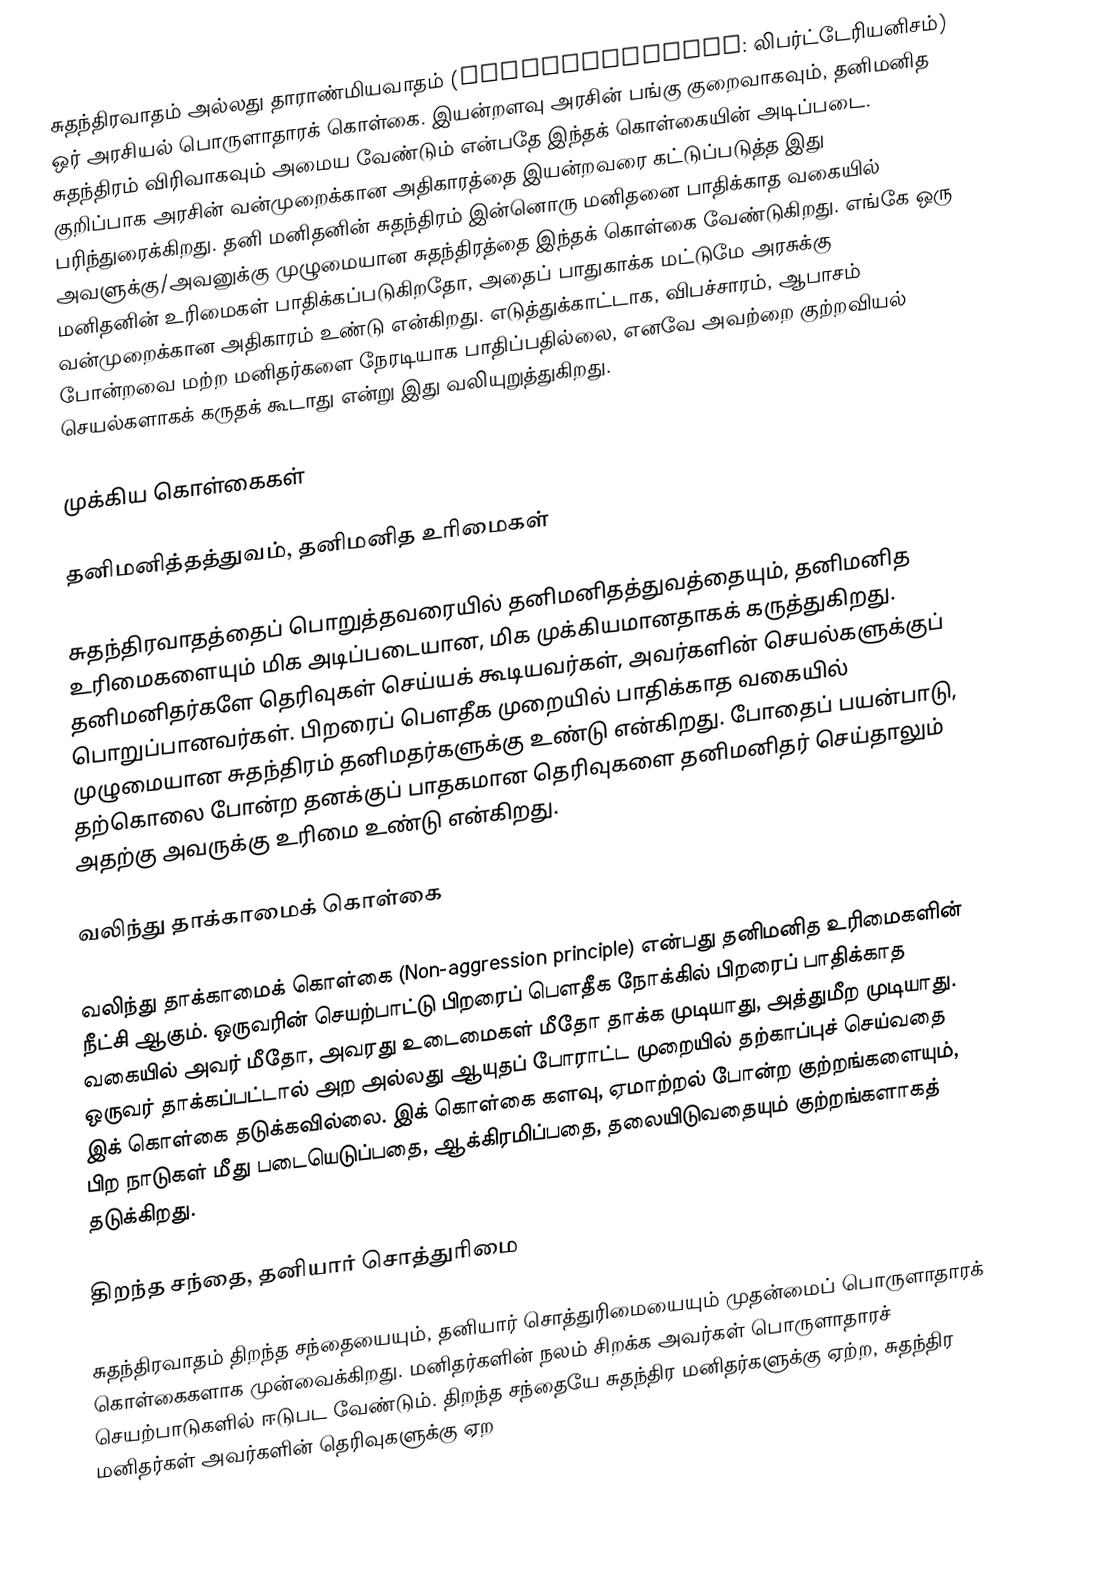
சுதந்திரவாதம் அல்லது தாராண்மியவாதம் (libertarianism: லிபர்ட்டேரியனிசம்) ஒர் அரசியல் பொருளாதாரக் கொள்கை. இயன்றளவு அரசின் பங்கு குறைவாகவும், தனிமனித சுதந்திரம் விரிவாகவும் அமைய வேண்டும் என்பதே இந்தக் கொள்கையின் அடிப்படை. குறிப்பாக அரசின் வன்முறைக்கான அதிகாரத்தை இயன்றவரை கட்டுப்படுத்த இது பரிந்துரைக்கிறது. தனி மனிதனின் சுதந்திரம் இன்னொரு மனிதனை பாதிக்காத வகையில் அவளுக்கு/அவனுக்கு முழுமையான சுதந்திரத்தை இந்தக் கொள்கை வேண்டுகிறது. எங்கே ஒரு மனிதனின் உரிமைகள் பாதிக்கப்படுகிறதோ, அதைப் பாதுகாக்க மட்டுமே அரசுக்கு வன்முறைக்கான அதிகாரம் உண்டு என்கிறது. எடுத்துக்காட்டாக, விபச்சாரம், ஆபாசம் போன்றவை மற்ற மனிதர்களை நேரடியாக பாதிப்பதில்லை, எனவே அவற்றை குற்றவியல் செயல்களாகக் கருதக் கூடாது என்று இது வலியுறுத்துகிறது.

முக்கிய கொள்கைகள்

தனிமனித்தத்துவம், தனிமனித உரிமைகள்

சுதந்திரவாதத்தைப் பொறுத்தவரையில் தனிமனிதத்துவத்தையும், தனிமனித உரிமைகளையும் மிக அடிப்படையான, மிக முக்கியமானதாகக் கருத்துகிறது.  தனிமனிதர்களே தெரிவுகள் செய்யக் கூடியவர்கள், அவர்களின் செயல்களுக்குப் பொறுப்பானவர்கள்.  பிறரைப் பெளதீக முறையில் பாதிக்காத வகையில் முழுமையான சுதந்திரம் தனிமதர்களுக்கு உண்டு என்கிறது.  போதைப் பயன்பாடு, தற்கொலை போன்ற தனக்குப் பாதகமான தெரிவுகளை தனிமனிதர் செய்தாலும் அதற்கு அவருக்கு உரிமை உண்டு என்கிறது.

வலிந்து தாக்காமைக் கொள்கை

வலிந்து தாக்காமைக் கொள்கை (Non-aggression principle) என்பது தனிமனித உரிமைகளின் நீட்சி ஆகும்.  ஒருவரின் செயற்பாட்டு பிறரைப் பெளதீக நோக்கில் பிறரைப் பாதிக்காத வகையில் அவர் மீதோ, அவரது உடைமைகள் மீதோ தாக்க முடியாது, அத்துமீற முடியாது.  ஒருவர் தாக்கப்பட்டால் அற அல்லது ஆயுதப் போராட்ட முறையில் தற்காப்புச் செய்வதை இக் கொள்கை தடுக்கவில்லை.  இக் கொள்கை களவு, ஏமாற்றல் போன்ற குற்றங்களையும், பிற நாடுகள் மீது படையெடுப்பதை, ஆக்கிரமிப்பதை, தலையிடுவதையும் குற்றங்களாகத் தடுக்கிறது.

திறந்த சந்தை, தனியார் சொத்துரிமை

சுதந்திரவாதம் திறந்த சந்தையையும், தனியார் சொத்துரிமையையும் முதன்மைப் பொருளாதாரக் கொள்கைகளாக முன்வைக்கிறது.  மனிதர்களின் நலம் சிறக்க அவர்கள் பொருளாதாரச் செயற்பாடுகளில் ஈடுபட வேண்டும்.  திறந்த சந்தையே சுதந்திர மனிதர்களுக்கு ஏற்ற, சுதந்திர மனிதர்கள் அவர்களின் தெரிவுகளுக்கு ஏற